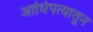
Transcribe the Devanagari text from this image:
आधिपत्यातून